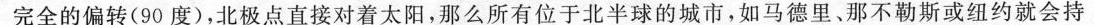
完全的偏转(90度)，北极点直接对着太阳，那么所有位于北半球的城市，如马德里、那不勒斯或纽约就会持